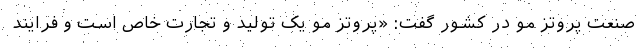
صنعت پروتز مو در کشور گفت: «پروتز مو یک تولید و تجارت خاص است و فرایند